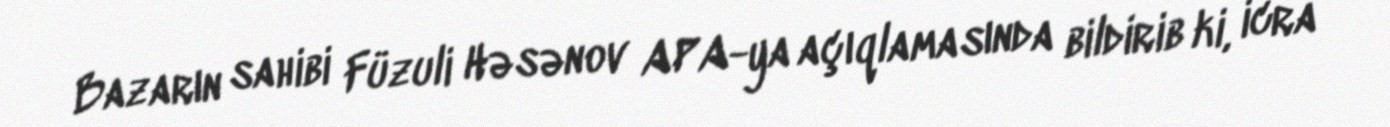
Bazarın sahibi Füzuli Həsənov APA-ya açıqlamasında bildirib ki, icra